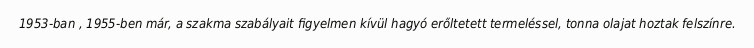
1953-ban , 1955-ben már, a szakma szabályait figyelmen kívül hagyó erőltetett termeléssel, tonna olajat hoztak felszínre.